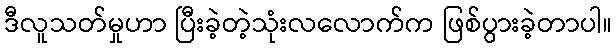
ဒီလူသတ်မှုဟာ ပြီးခဲ့တဲ့သုံးလလောက်က ဖြစ်ပွားခဲ့တာပါ။